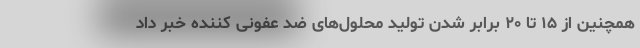
همچنین از ۱۵ تا ۲۰ برابر شدن تولید محلول‌های ضد عفونی کننده خبر داد